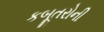
કબૂતરોની